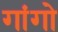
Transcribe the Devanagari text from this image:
गांगो